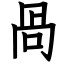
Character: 咼